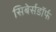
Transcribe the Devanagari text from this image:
सिबेर्सडॉर्फ